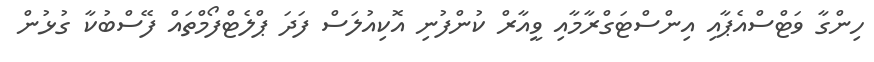
ހިންގާ ވަޓްސްއެޕާއި އިންސްޓަގްރާމާއި ވީއާރް ކުންފުނި އޮކިއުލަސް ފަދަ ޕްލެޓްފޯމްތައް ފޭސްބުކާ ގުޅުން